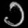
Digit: ၁